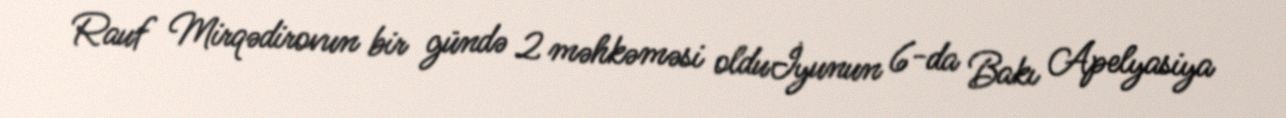
Rauf Mirqədirovun bir gündə 2 məhkəməsi olduİyunun 6-da Bakı Apelyasiya